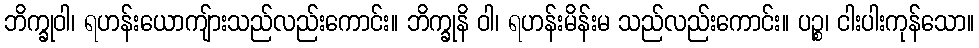
ဘိက္ခုဝါ၊ ရဟန်းယောကျ်ားသည်လည်းကောင်း။ ဘိက္ခုနိ ဝါ၊ ရဟန်းမိန်းမ သည်လည်းကောင်း။ ပဉ္စ၊ ငါးပါးကုန်သော။